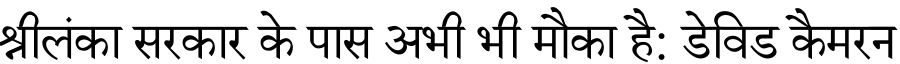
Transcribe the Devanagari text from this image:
श्रीलंका सरकार के पास अभी भी मौका है: डेविड कैमरन